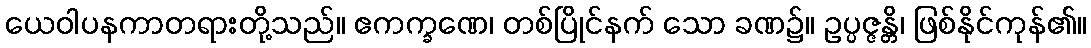
ယေဝါပနကာတရားတို့သည်။ ဧကက္ခဏေ၊ တစ်ပြိုင်နက် သော ခဏ၌။ ဥပ္ပဇ္ဇန္တိ၊ ဖြစ်နိုင်ကုန်၏။